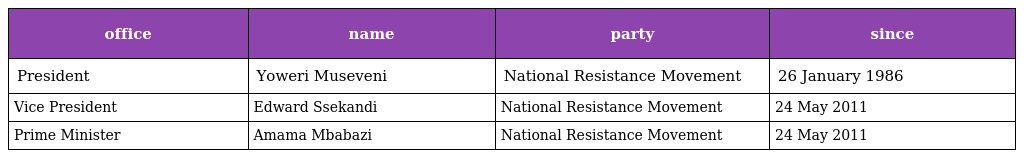
| office | name | party | since |
 | --- | --- | --- | --- |
 | President | Yoweri Museveni | National Resistance Movement | 26 January 1986 |
 | Vice President | Edward Ssekandi | National Resistance Movement | 24 May 2011 |
 | Prime Minister | Amama Mbabazi | National Resistance Movement | 24 May 2011 |